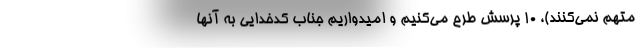
متهم نمی‌کنند)، 10 پرسش طرح می‌کنیم و امیدواریم جناب کدخدایی به آنها